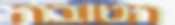
הטובה